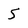
Character: 5